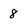
Character: 8